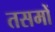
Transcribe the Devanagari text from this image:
तसमों